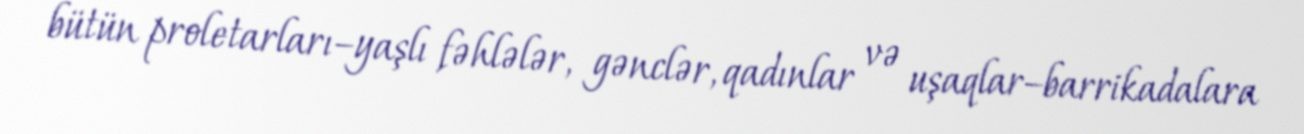
bütün proletarları–yaşlı fəhlələr, gənclər, qadınlar və uşaqlar–barrikadalara